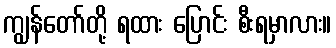
ကျွန်တော်တို့ ရထား ပြောင်း စီးရမှာလား။